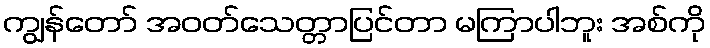
ကျွန်တော် အဝတ်သေတ္တာပြင်တာ မကြာပါဘူး အစ်ကို